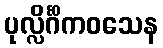
ပုလ္လိင်္ဂိကဝသေန